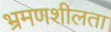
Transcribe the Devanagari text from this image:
भ्रमणशीलता